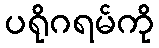
ပရိုဂရမ်ကို